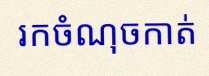
រកចំណុចកាត់